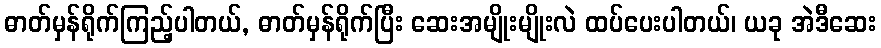
ဓာတ်မှန်ရိုက်ကြည့်ပါတယ်, ဓာတ်မှန်ရိုက်ပြီး ဆေးအမျိုးမျိုးလဲ ထပ်ပေးပါတယ်၊ ယခု အဲဒီဆေး